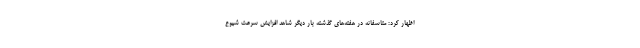
اظهار کرد: متاسفانه در هفته‌های گذشته بار دیگر شاهد افزایش سرعت شیوع